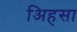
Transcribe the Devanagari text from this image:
अिहसा